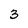
Character: 3